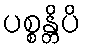
ပစ္စန္တိပိ